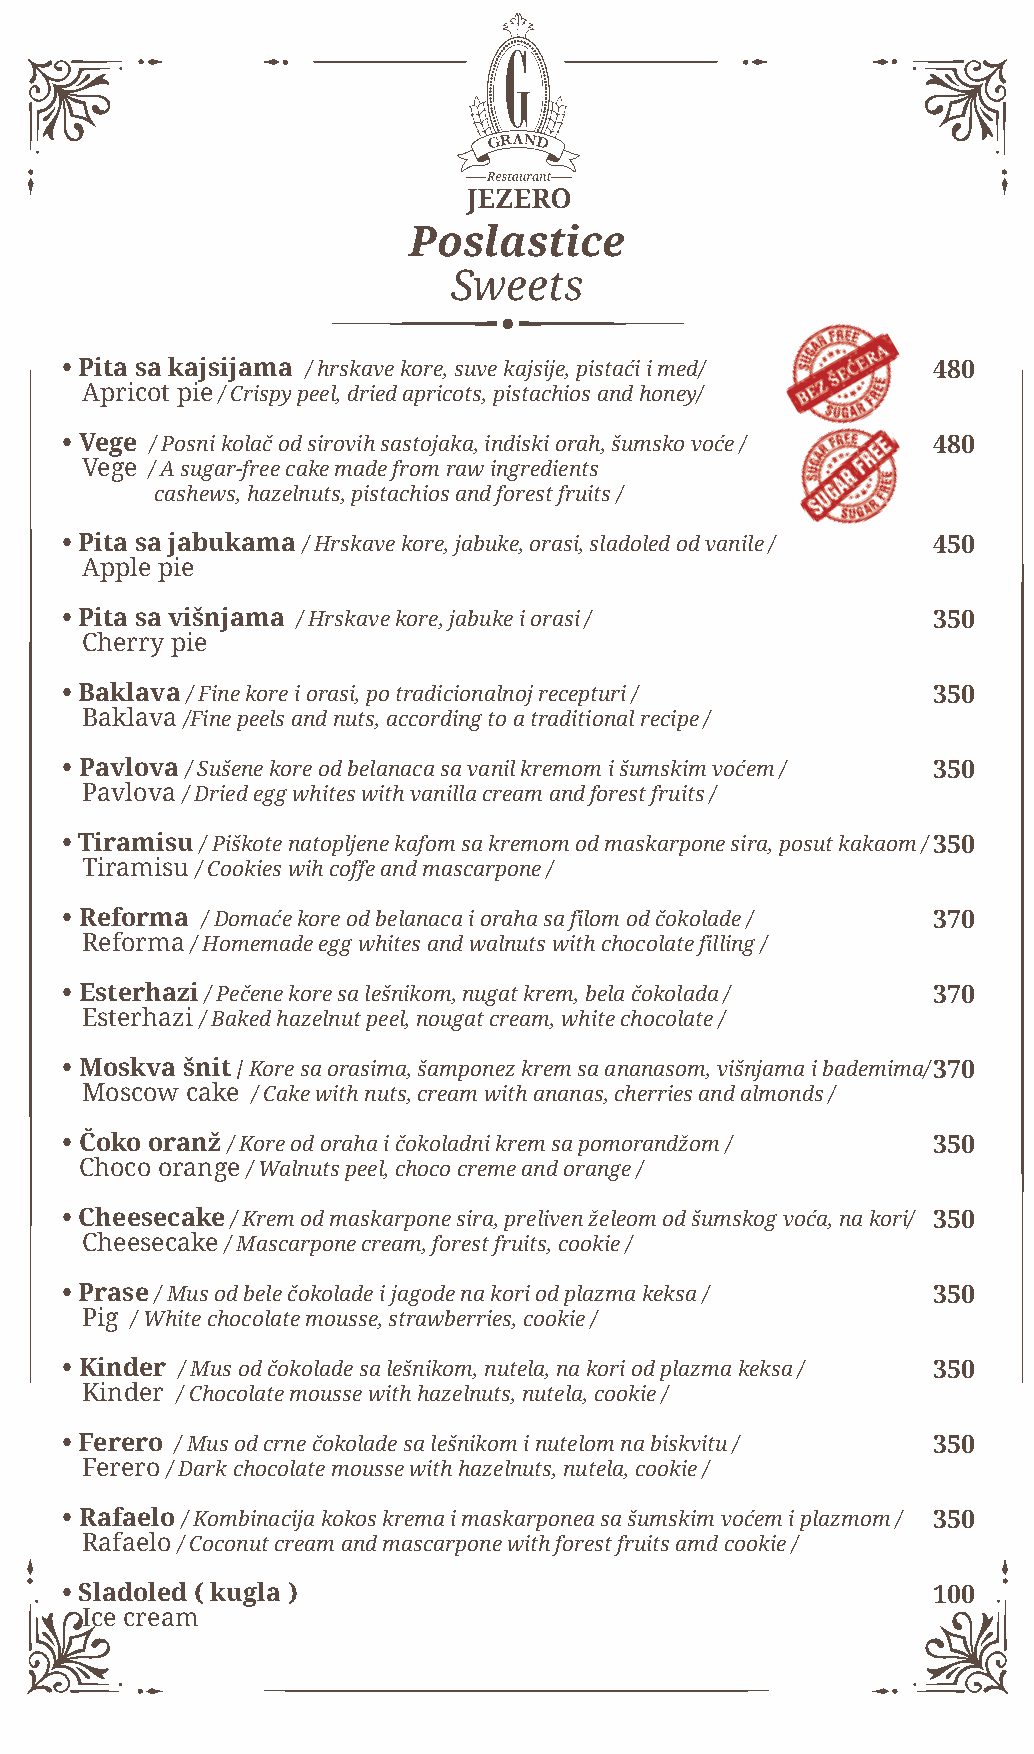
Poslastice
 Sweets
 • Pita sa kajsijama / hrskave kore, suve kajsije, pistaći i med/ 480
 Apricot pie / Crispy peel, dried apricots, pistachios and honey/
 • Vege / Posni kolač od sirovih sastojaka, indiski orah, šumsko voće / 480
 Vege / A sugar-free cake made from raw ingredients
 cashews, hazelnuts, pistachios and forest fruits /
 • Pita sa jabukama / Hrskave kore, jabuke, orasi, sladoled od vanile / 450
 Apple pie
 • Pita sa višnjama / Hrskave kore, jabuke i orasi /       350
 Cherry pie
 • Baklava / Fine kore i orasi, po tradicionalnoj recepturi / 350
 Baklava /Fine peels and nuts, according to a traditional recipe /
 • Pavlova / Sušene kore od belanaca sa vanil kremom i šumskim voćem / 350
 Pavlova / Dried egg whites with vanilla cream and forest fruits /
 • Tiramisu / Piškote natopljene kafom sa kremom od maskarpone sira, posut kakaom / 3 50
 Tiramisu / Cookies wih coffe and mascarpone /
 • Reforma / Domaće kore od belanaca i oraha sa filom od čokolade / 370
 Reforma / Homemade egg whites and walnuts with chocolate filling /
 • Esterhazi / Pečene kore sa lešnikom, nugat krem, bela čokolada / 370
 Esterhazi / Baked hazelnut peel, nougat cream, white chocolate /
 • Moskva šnit / Kore sa orasima, šamponez krem sa ananasom, višnjama i bademima/ 370
 Moscow cake / Cake with nuts, cream with ananas, cherries and almonds /
 • Čoko oranž / Kore od oraha i čokoladni krem sa pomorandžom / 350
 Choco orange / Walnuts peel, choco creme and orange /
 • Cheesecake / Krem od maskarpone sira, preliven želeom od šumskog voća, na kori/ 350
 Cheesecake / Mascarpone cream, forest fruits, cookie /
 • Prase / Mus od bele čokolade i jagode na kori od plazma keksa / 350
 Pig / White chocolate mousse, strawberries, cookie /
 • Kinder / Mus od čokolade sa lešnikom, nutela, na kori od plazma keksa / 350
 Kinder / Chocolate mousse with hazelnuts, nutela, cookie /
 • Ferero / Mus od crne čokolade sa lešnikom i nutelom na biskvitu / 350
 Ferero / Dark chocolate mousse with hazelnuts, nutela, cookie /
 • Rafaelo / Kombinacija kokos krema i maskarponea sa šumskim voćem i plazmom / 350
 Rafaelo / Coconut cream and mascarpone with forest fruits amd cookie /
 • Sladoled ( kugla )                                      100
 Ice cream